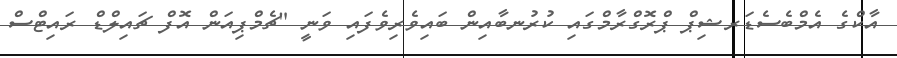
އާކްގެ އެމްބެސެޑަރޝިޕް ޕްރޮގްރާމްގައި ކުރުނބާއިން ބައިވެރިވެފައި ވަނީ "ޗެމްޕިއަން އޮފް ޗައިލްޑް ރައިޓްސް